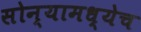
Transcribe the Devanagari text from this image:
सोन्यामध्येच